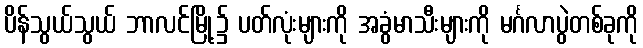
ပိန်သွယ်သွယ် ဘာလင်မြို့၌ ပတ်လုံးများကို အခွံမာသီးများကို မင်္ဂလာပွဲတစ်ခုကို